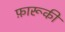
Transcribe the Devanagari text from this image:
फ़ारूकी